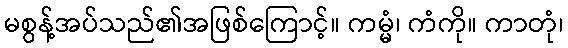
မစွန့်အပ်သည်၏အဖြစ်ကြောင့်။ ကမ္မံ၊ ကံကို။ ကာတုံ၊